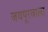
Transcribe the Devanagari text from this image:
जयपूरवाला